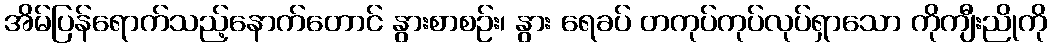
အိမ်ပြန်ရောက်သည့်နောက်တောင် နွားစာစဉ်း၊ နွား ရေခပ် တကုပ်ကုပ်လုပ်ရှာသော ကိုကျီးညိုကို